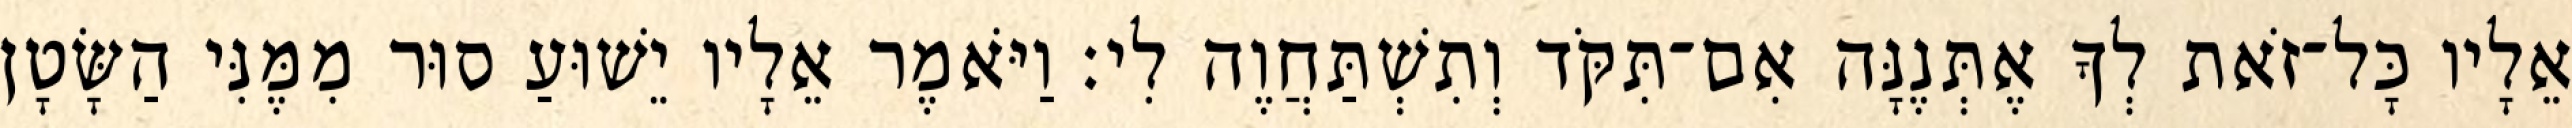
אֵלָיו כָּל־זֹאת לְךָ אֶתְּנֶנָּה אִם־תִּקֹּד וְתִשְׁתַּחֲוֶה לִי׃ וַיֹּאמֶר אֵלָיו יֵשׁוּעַ סוּר מִמֶּנִּי הַשָּׂטָן